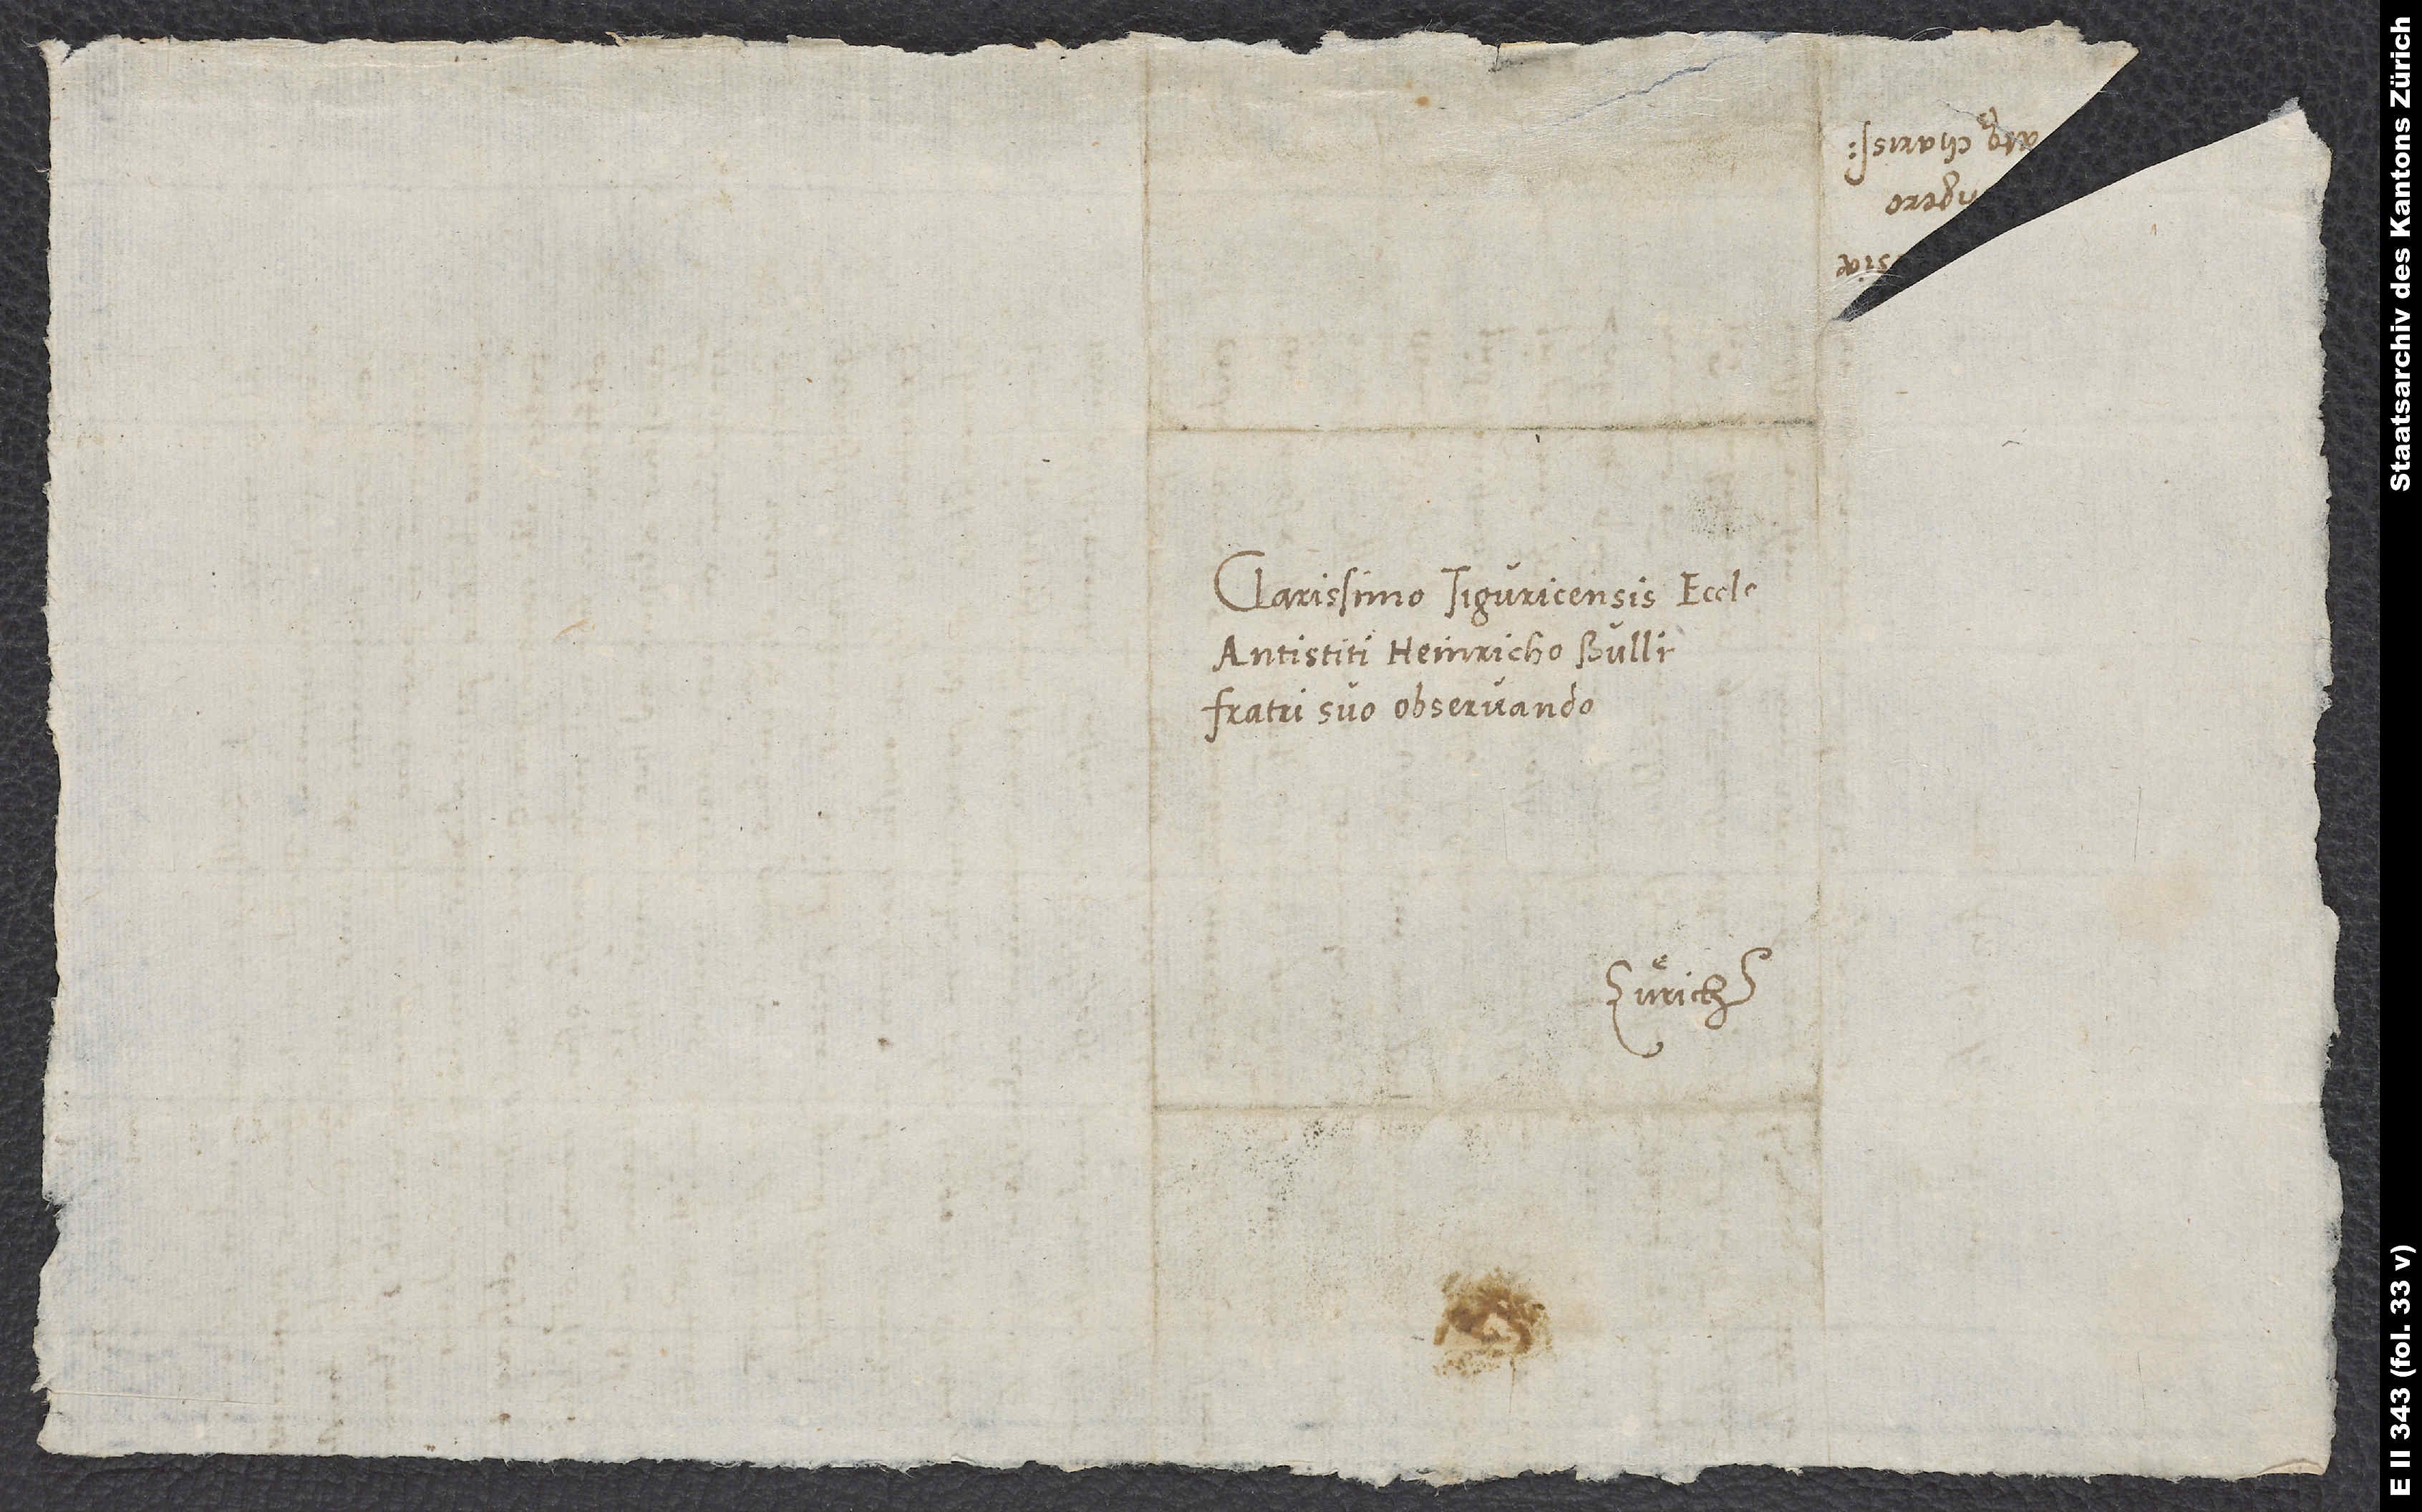
Clarissimo Tiguricensis ecclesiae
antistiti Heinricho Bullingero,
fratri suo observando
Zürich.